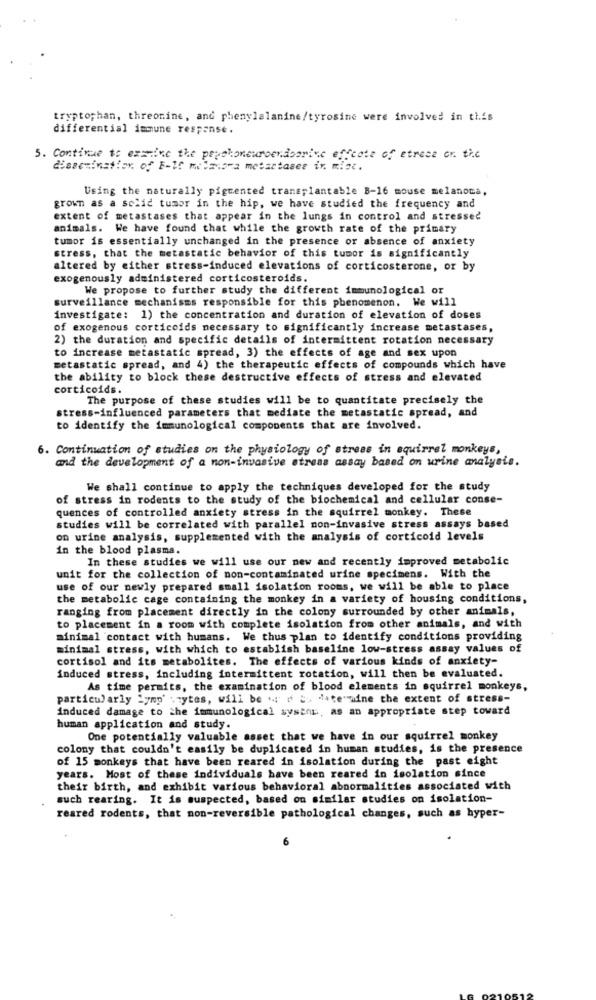
tryptophan, threonine, and phenylalanine/tyrosine were involved in this
differential immune response.
5. Continue to examine the payshoneuroendocrine effcote of etrece or. the
dissemination of F-If melaisra metastases ir. mist.
Using the naturally pigmented transplantable B-16 mouse melanoma,
grown as a solid tumor in the hip, we have studied the frequency and
extent of metastases that appear in the lungs in control and stressed
animals. We have found that while the growth rate of the primary
tumor is essentially unchanged in the presence or absence of anxiety
stress, that the metastatic behavior of this tumor is significantly
altered by either stress-induced elevations of corticosterone, or by
exogenously administered corticosteroids.
We propose to further study the different immunological or
surveillance mechanisms responsible for this phenomenon. We will
investigate: 1) the concentration and duration of elevation of doses
of exogenous corticoids necessary to significantly increase metastases,
2) the duration and specific details of intermittent rotation necessary
to increase metastatic spread, 3) the effects of age and sex upon
metastatic spread, and 4) the therapeutic effects of compounds which have
the ability to block these destructive effects of stress and elevated
corticoids.
The purpose of these studies will be to quantitate precisely the
stress-influenced parameters that mediate the metastatic spread, and
to identify the immunological components that are involved.
6. Continuation of studies on the physiology of stress in squirrel monkeys,
and the development of a non-invasive stress assay based on urine analysis.
We shall continue to apply the techniques developed for the study
of stress in rodents to the study of the biochemical and cellular conse-
quences of controlled anxiety stress in the squirrel monkey. These
studies will be correlated with parallel non-invasive stress assays based
on urine analysis, supplemented with the analysis of corticoid levels
in the blood plasma.
In these studies we will use our new and recently improved metabolic
unit for the collection of non-contaminated urine specimens. With the
use of our newly prepared small isolation rooms, we will be able to place
the metabolic cage containing the monkey in a variety of housing conditions,
ranging from placement directly in the colony surrounded by other animals,
to placement in a room with complete isolation from other animals, and with
minimal contact with humans. We thus plan to identify conditions providing
minimal stress, with which to establish baseline low-stress assay values of
cortisol and its metabolites. The effects of various kinds of anxiety-
induced stress, including intermittent rotation, will then be evaluated.
As time permits, the examination of blood elements in squirrel monkeys,
particularly Lymp' .tytes, will be . d & d+te"mine the extent of stress-
induced damage to the immunological systnn, as an appropriate step toward
human application and study.
One potentially valuable asset that we have in our squirrel monkey
colony that couldn't easily be duplicated in human studies, is the presence
of 15 monkeys that have been reared in isolation during the past eight
years. Most of these individuals have been reared in isolation since
their birth, and exhibit various behavioral abnormalities associated with
such rearing. It is suspected, based on similar studies on isolation-
reared rodents, that mon-reversible pathological changes, such as hyper-
6